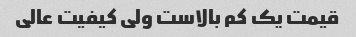
قیمت یک کم بالاست ولی کیفیت عالی